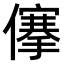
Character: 𠏯